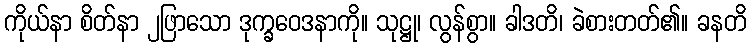
ကိုယ်နာ စိတ်နာ ၂ဖြာသော ဒုက္ခဝေဒနာကို။ သုဋ္ဌု၊ လွန်စွာ။ ခါဒတိ၊ ခဲစားတတ်၏။ ခနတိ